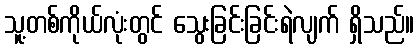
သူ့တစ်ကိုယ်လုံးတွင် သွေးခြင်းခြင်းရဲလျက် ရှိသည်။